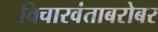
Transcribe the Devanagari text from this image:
विचारवंताबरोबर